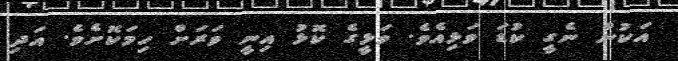
އަކުން ނެގީ ކުޑަ ވަޅިއެވެ. ވަޅީގެ ކޮޅު އިނީ ވަރަށް ހިމަކޮށެވެ. އަދި